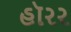
હૉરર